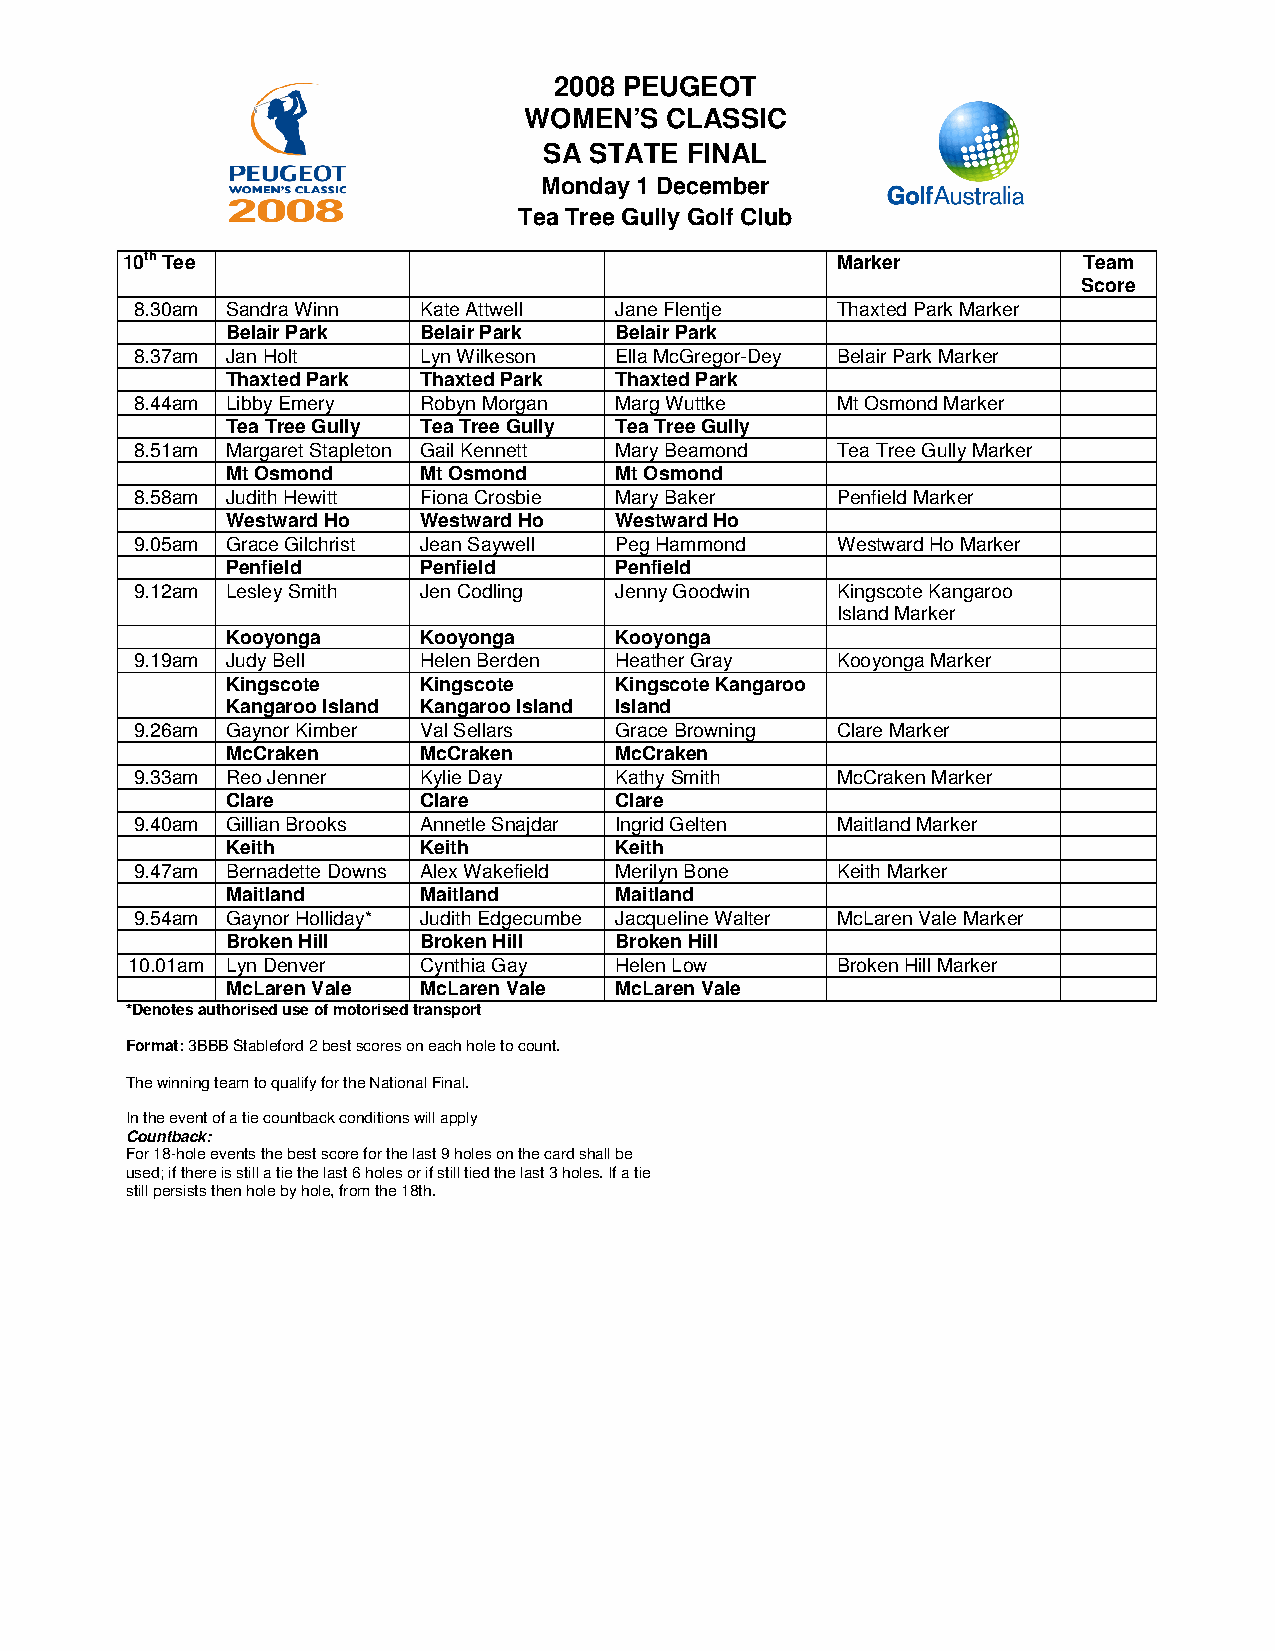
2008 PEUGEOT
 WOMEN’S  CLASSIC
 SA STATE FINAL
 Monday 1 December
 Tea Tree Gully Golf Club
 10th Tee                                       Marker           Team
 Score
 8.30am Sandra Winn Kate Attwell Jane Flentje  Thaxted Park Marker
 Belair Park  Belair Park  Belair Park
 8.37am Jan Holt    Lyn Wilkeson Ella McGregor-Dey Belair Park Marker
 Thaxted Park Thaxted Park Thaxted Park
 8.44am Libby Emery Robyn Morgan Marg Wuttke   Mt Osmond Marker
 Tea Tree Gully Tea Tree Gully Tea Tree Gully
 8.51am Margaret Stapleton Gail Kennett Mary Beamond Tea Tree Gully Marker
 Mt Osmond    Mt Osmond    Mt Osmond
 8.58am Judith Hewitt Fiona Crosbie Mary Baker Penfield Marker
 Westward Ho  Westward Ho  Westward Ho
 9.05am Grace Gilchrist Jean Saywell Peg Hammond Westward Ho Marker
 Penfield     Penfield     Penfield
 9.12am Lesley Smith Jen Codling Jenny Goodwin Kingscote Kangaroo
 Island Marker
 Kooyonga     Kooyonga     Kooyonga
 9.19am Judy Bell   Helen Berden Heather Gray  Kooyonga Marker
 Kingscote    Kingscote    Kingscote Kangaroo
 Kangaroo Island Kangaroo Island Island
 9.26am Gaynor Kimber Val Sellars Grace Browning Clare Marker
 McCraken     McCraken     McCraken
 9.33am Reo Jenner  Kylie Day    Kathy Smith   McCraken Marker
 Clare        Clare        Clare
 9.40am Gillian Brooks Annetle Snajdar Ingrid Gelten Maitland Marker
 Keith        Keith        Keith
 9.47am Bernadette Downs Alex Wakefield Merilyn Bone Keith Marker
 Maitland     Maitland     Maitland
 9.54am Gaynor Holliday* Judith Edgecumbe Jacqueline Walter McLaren Vale Marker
 Broken Hill  Broken Hill  Broken Hill
 10.01am Lyn Denver  Cynthia Gay  Helen Low     Broken Hill Marker
 McLaren Vale McLaren Vale McLaren Vale
 *Denotes authorised use of motorised transport
 Format: 3BBB Stableford 2 best scores on each hole to count.
 The winning team to qualify for the National Final.
 In the event of a tie countback conditions will apply
 Countback:
 For 18-hole events the best score for the last 9 holes on the card shall be
 used; if there is still a tie the last 6 holes or if still tied the last 3 holes. If a tie
 still persists then hole by hole, from the 18th.